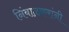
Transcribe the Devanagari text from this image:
निंबाळकरांनी